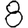
Digit: 8